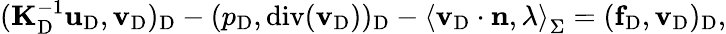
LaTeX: (\mathbf{K}_{\mathrm{D}}^{-1}\mathbf{u}_{\mathrm{D}},{\mathbf{v}}_{\mathrm{D}})_{\mathrm{D}}-(p_{\mathrm{D}},\mathrm{div}({\mathbf{v}}_{\mathrm{D}}))_{\mathrm{D}}-\left<{\mathbf{v}}_{\mathrm{D}}\cdot{\mathbf{n}},\lambda\right>_{\Sigma}=(\mathbf{f}_{\mathrm{D}},{\mathbf{v}}_{\mathrm{D}})_{\mathrm{D}},